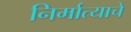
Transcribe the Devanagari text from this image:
निर्मात्याचे